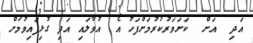
އަދި  އަށް  ކަށަވަރުކުރުމަށްފަހު އެ  އުވާލައި އަދި ގުޅިފައިވުމަށް